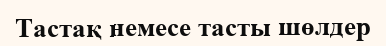
Тастақ немесе тасты шөлдер